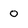
Character: o